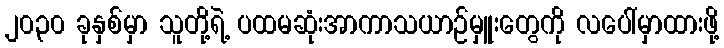
၂၀၃၀ ခုနှစ်မှာ သူတို့ရဲ့ ပထမဆုံးအာကာသယာဉ်မှူးတွေကို လပေါ်မှာထားဖို့